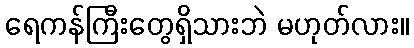
ရေကန်ကြီးတွေရှိသားဘဲ မဟုတ်လား။